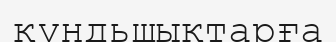
құндьшықтарға